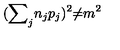
( { { \sum } _ { j } n _ { j } p _ { j } } ) ^ { 2 } { \neq } m ^ { 2 }